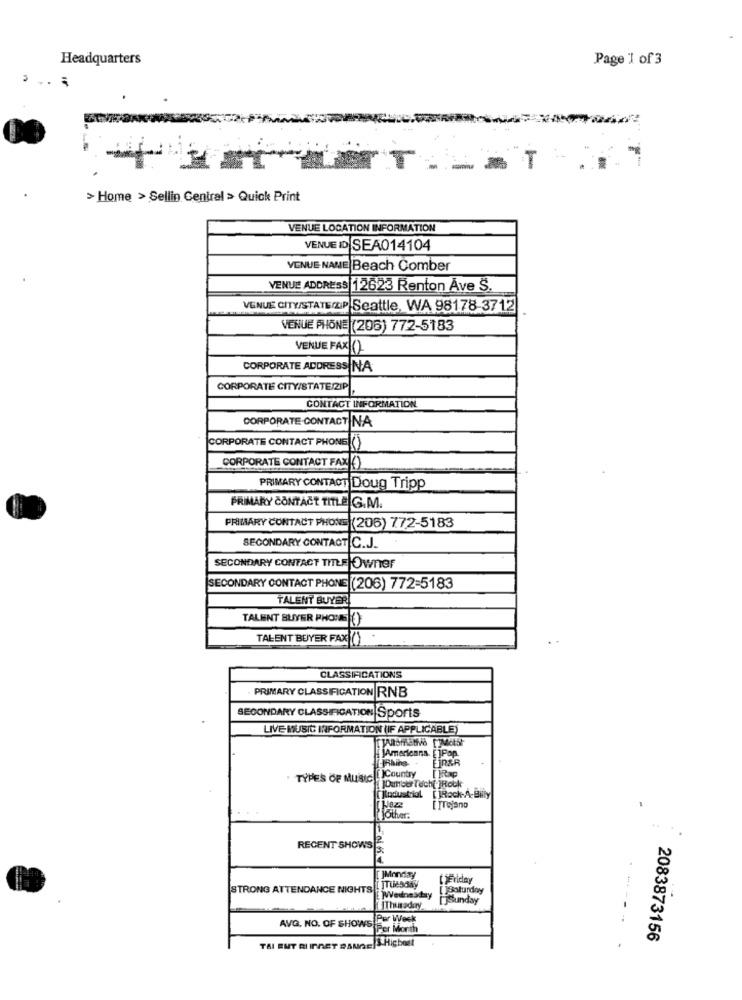
Headquarters
Page 1 of 3
T
= T
> Home > Sellin Central > Quick Print
VENUE LOCATION INFORMATION
VENUE ID SEA014104
VENUE NANE Beach Comber
VENUE ADDRESS 12623 Renton Ave S.
VENUE CITY/STATEIP Seattle, WA 98178-3712
VENUE PHONE (206) 772-5183
VENUE FAX()
CORPORATE ADDRESS NA
CORPORATE CITY/STATE/ZIP
CONTACT INFORMATION
CORPORATE-CONTACT NA
CORPORATE CONTACT PHONE(()
CORPORATE CONTACT FAXJ()
PRIMARY CONTACT Doug Tripp
PRIMARY CONTACT TITLE G.M.
PRIMARY CONTACT PHONE (206) 772-5183
SECONDARY CONTACT C.J.
SECONDARY CONTACT THEEJOwner
SECONDARY CONTACT PHONE (206) 772-5183
TALENT BUYER
TALENT BUYER PHONE ()
TALENT BUYER FAX ()
CLASSIFICATIONS
PRIMARY CLASSIFICATION RNB
SECONDARY CLASSIFICATION Sports
LIVE MUSIC INFORMATION (IF APPLICABLE)
Americana
min
TYPES OF MUSIC !!
[]Country
IRap
Dutrees Tech[ ]Rock
[Industrial [ ]Rock-A-Billy
[ ]Tojano
fother.
RECENT SHOWS
JMonday
Friday
STRONG ATTENDANCE NIGHTS
[]Saturday
[ ]Wednesday
[]sunday
Thursday
Per Week
AVG, NO. OF SHOWS
Per Month
TEI BUT BI INGET a SUAE/S Highest
2083873156